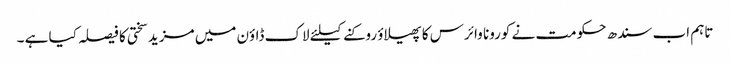
تاہم اب سندھ حکومت نے کورونا وائرس کا پھیلاؤ روکنے کیلئے لاک ڈاؤن میں مزید سختی کا فیصلہ کیا ہے ۔